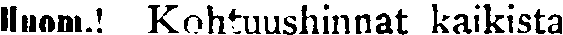
Huom.! Kohtuushinnat kaikista